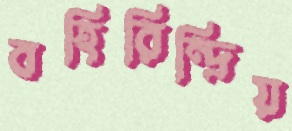
বহিরিন্দ্রিয়